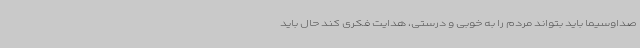
صداوسیما باید بتواند مردم را به خوبی و درستی، هدایت فکری کند حال باید